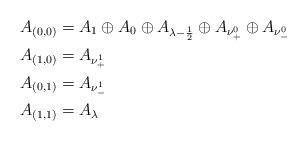
LaTeX: \begin{align*}A_{(0,0)} &= A_1 \oplus A_0 \oplus A_{\lambda - \frac{1}{2}} \oplus A_{\nu^{0}_+} \oplus A_{\nu^{0}_-} \\A_{(1,0)} &= A_{\nu^{1}_+} \\A_{(0,1)} &= A_{\nu^{1}_-} \\A_{(1,1)} &= A_{\lambda}\end{align*}